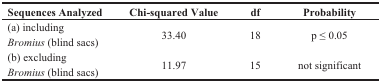
<table><thead><tr><td><b>Sequences Analyzed</b></td><td><b>Chi-squared Value</b></td><td><b>df</b></td><td><b>Probability</b></td></tr></thead><tbody><tr><td>(a) including<i>Bromius</i> (blind sacs)</td><td>33.40</td><td>18</td><td>p ≤ 0.05</td></tr><tr><td>(b) excluding<i> Bromius</i>(blind sacs)</td><td>11.97</td><td>15</td><td>not significant</td></tr></tbody></table>